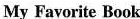
My Favorite Book